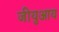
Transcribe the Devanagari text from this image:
जीयुआय